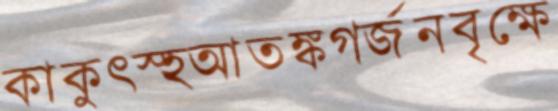
কাকুত্স্হআতঙ্কগর্জনবৃক্ষে